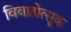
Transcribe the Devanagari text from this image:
विवाहोत्सूक